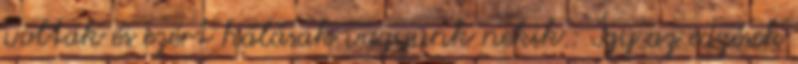
voltak és ezért hálásak vagyunk nekik.: Így az edzések